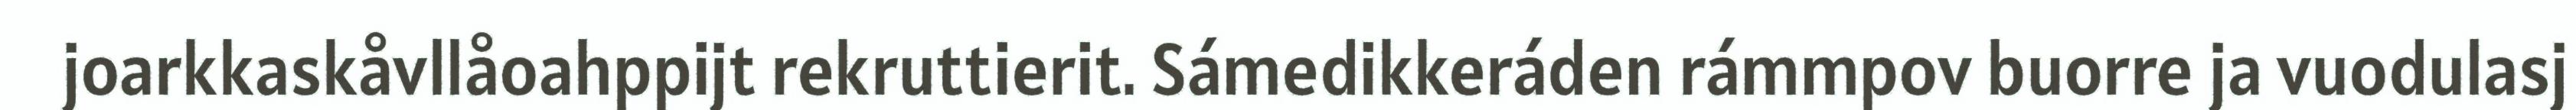
joarkkaskåvllåoahppijt rekruttierit. Sámedikkeráden rámmpov buorre ja vuodulasj